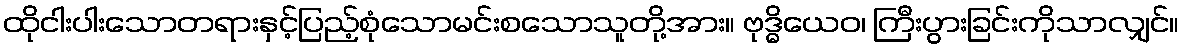
ထိုငါးပါးသောတရားနှင့်ပြည့်စုံသောမင်းစသောသူတို့အား။ ဗုဒ္ဓိယေဝ၊ ကြီးပွားခြင်းကိုသာလျှင်။